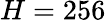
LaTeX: H=256